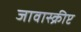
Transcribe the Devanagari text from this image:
जावास्क्रीप्ट